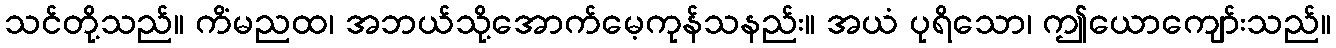
သင်တို့သည်။ ကိံမညထ၊ အဘယ်သို့အောက်မေ့ကုန်သနည်း။ အယံ ပုရိသော၊ ဤယောကျော်းသည်။